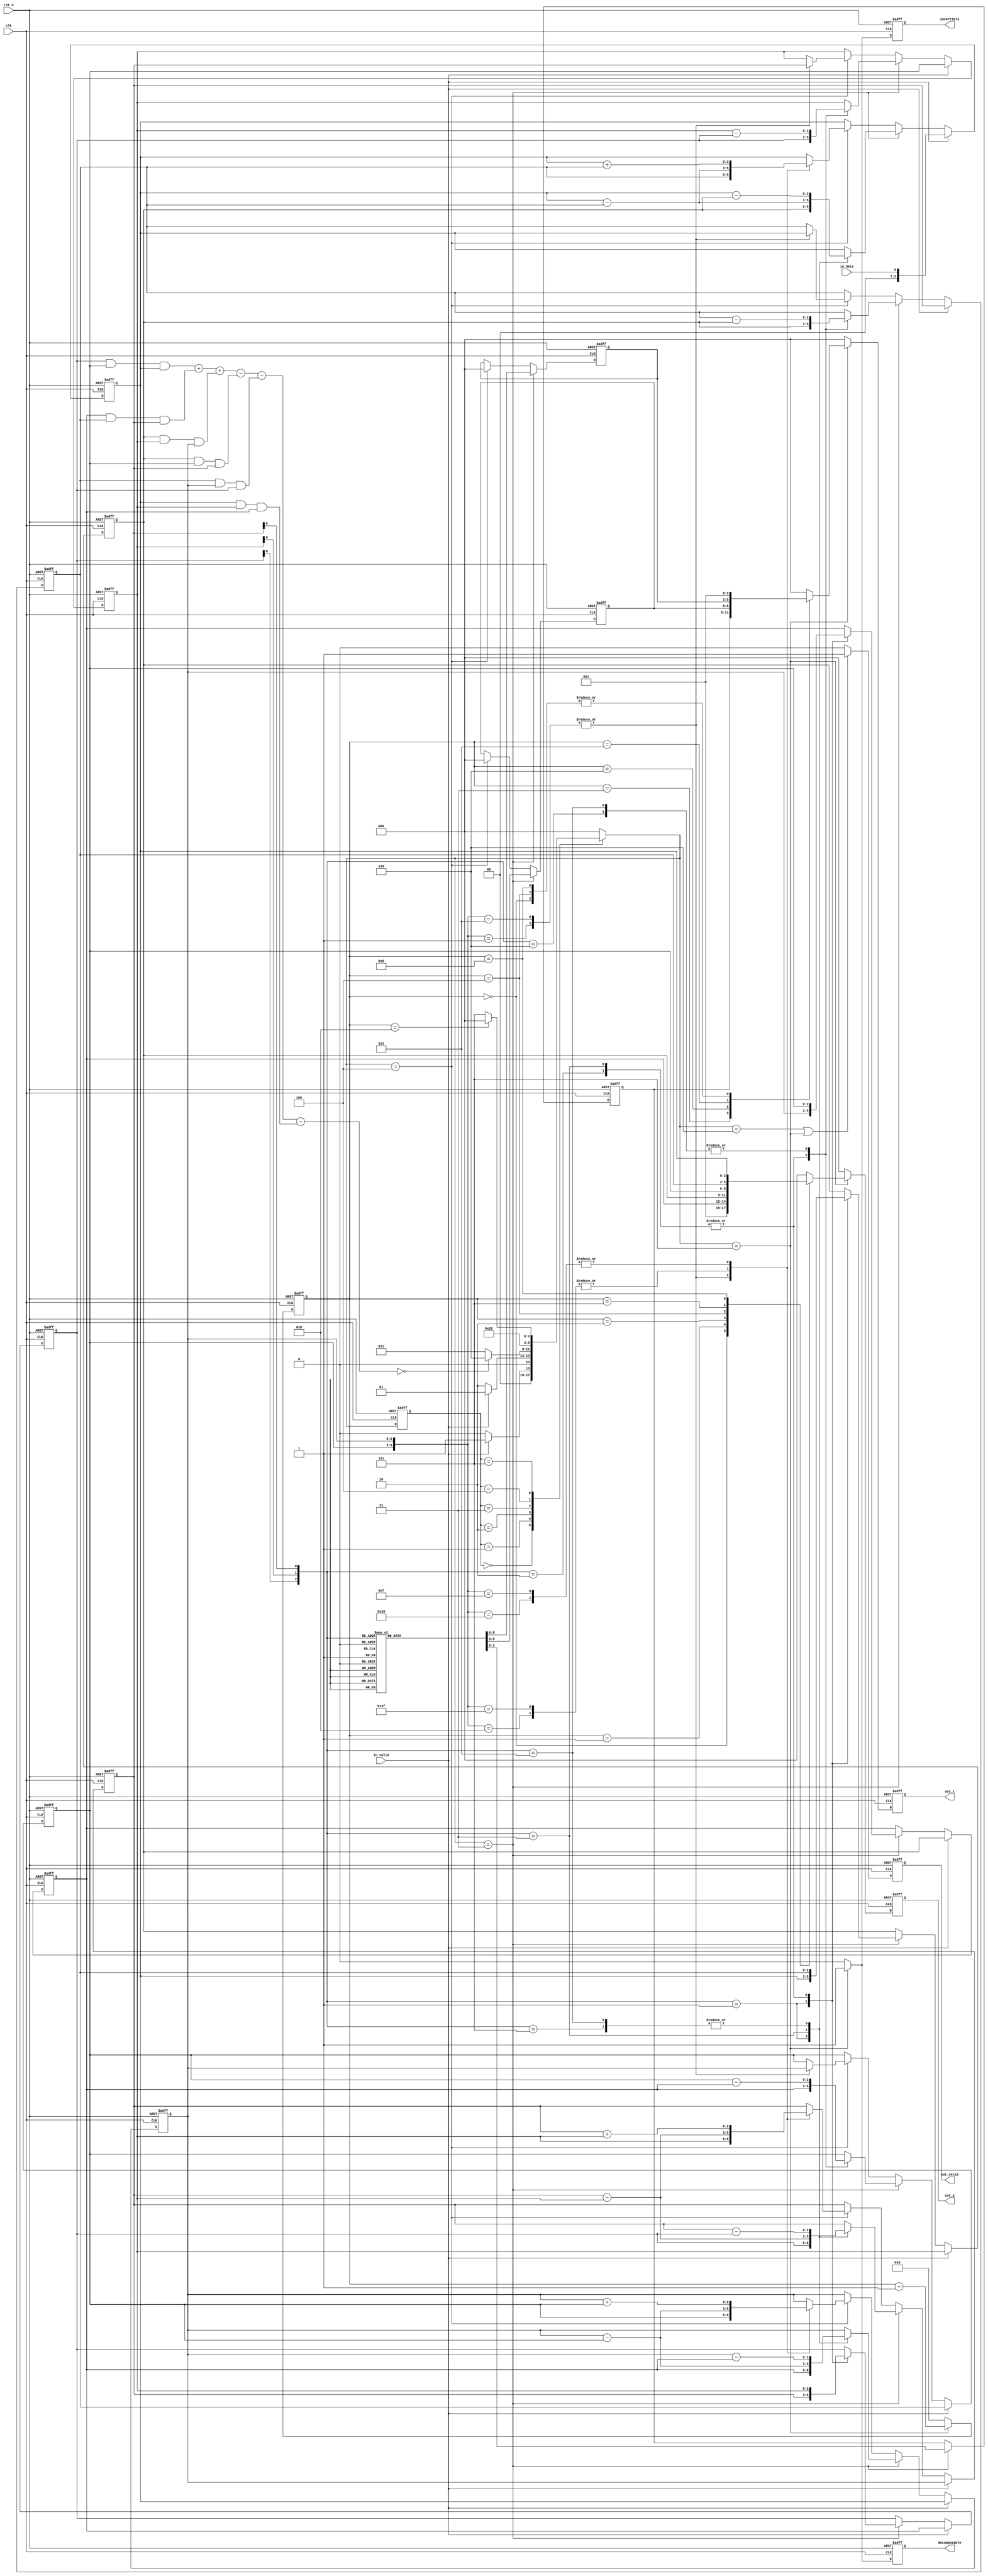
module LU(//input port
             input clk, 
			 input rst_n, 
			 input in_valid,
             input in_data,
//output port
              output reg out_valid,
			  output reg invertible, 
			  output reg decomposable, 
			  output reg [2:0]out_l,
              output reg [2:0]out_u
			  );
//***********************************			  
// parameter	  
//***********************************	  
parameter IDLE        =  3'd0;
parameter INPUT       =  3'd1;
parameter CHECK_INV	  =  3'd2;
parameter DEC   =  3'd3;
parameter DEC_1 =  3'd4;
parameter OUTPUT      =  3'd5;
parameter OUTPUT_1    =  3'd6;
		


//****************************************
//Reg Daclaration		  
//****************************************
reg [2:0]state;
reg [2:0]next_state;

			  			  
reg signed[2:0]A[0:2][0:2];
reg signed[2:0]L[0:2][0:2];
wire signed[2:0]A_det;



reg [3:0]cnt_out;
assign A_det= (A[0][0]&A[1][1]&A[2][2])
             +(A[0][1]&A[1][2]&A[2][0])
             +(A[0][2]&A[1][0]&A[2][1])
             -(A[0][2]&A[1][1]&A[2][0])
             -(A[1][2]&A[2][1]&A[0][0])
             -(A[2][2]&A[1][0]&A[0][1]);

//************************************
//		  FSM_sample code
//************************************
always@(posedge clk or negedge rst_n)begin
	if(!rst_n) 
		state <= IDLE;
	else
		state <= next_state; 
end

//FSM
always@(*)begin
    case(state)
	    IDLE :next_state=in_valid?INPUT:IDLE;
		INPUT:next_state=in_valid?INPUT:CHECK_INV;
		CHECK_INV:next_state=(A_det==0)?OUTPUT_1:DEC;
		DEC:next_state=DEC_1;
		DEC_1:next_state=OUTPUT;
		OUTPUT:next_state=(cnt_out==4'd9)?IDLE:OUTPUT;
		OUTPUT_1:next_state=IDLE;
		default:next_state=IDLE;
	endcase
end

////INPUT
always@(posedge clk or negedge rst_n)begin
     if(!rst_n)begin
	    A[0][0]<=3'd0; A[0][1]<=3'd0; A[0][2]<=3'd0;
        A[1][0]<=3'd0; A[1][1]<=3'd0; A[1][2]<=3'd0;
        A[2][0]<=3'd0; A[2][1]<=3'd0; A[2][2]<=3'd0;		
	  end
	  else if(in_valid)begin
	    A[0][0]<=A[0][1]; A[0][1]<=A[0][2]; A[0][2]<=A[1][0];
        A[1][0]<=A[1][1]; A[1][1]<=A[1][2]; A[1][2]<=A[2][0];
        A[2][0]<=A[2][1]; A[2][1]<=A[2][2]; A[2][2]<=in_data;    
	  end

      else if(next_state==DEC)begin
            case({A[0][0][0],A[1][0][0],A[2][0][0]})
			    3'b001:begin
	                 A[0][0]<=A[2][0]; A[0][1]<=A[2][1]; A[0][2]<=A[2][2];
                     A[1][0]<=A[1][0]; A[1][1]<=A[1][1]; A[1][2]<=A[1][2];
                     A[2][0]<=A[0][0]; A[2][1]<=A[0][1]; A[2][2]<=A[0][2]; 				    
				end
				3'b010:begin
	                 A[0][0]<=A[1][0]; A[0][1]<=A[1][1]; A[0][2]<=A[1][2];
                     A[1][0]<=A[0][0]; A[1][1]<=A[0][1]; A[1][2]<=A[0][2];
                     A[2][0]<=A[2][0]; A[2][1]<=A[2][1]; A[2][2]<=A[2][2]; 				  
				end
				3'b011:begin
	                 A[0][0]<=A[1][0]; A[0][1]<=A[1][1]; A[0][2]<=A[1][2];
                     A[1][0]<=A[0][0]; A[1][1]<=A[0][1]; A[1][2]<=A[0][2];
                     A[2][0]<=A[2][0]-A[1][0]; A[2][1]<=A[2][1]-A[1][1]; A[2][2]<=A[2][2]-A[1][2]; 				  
				end
				3'b100:begin
	                 A[0][0]<=A[0][0]; A[0][1]<=A[0][1]; A[0][2]<=A[0][2];
                     A[1][0]<=A[1][0]; A[1][1]<=A[1][1]; A[1][2]<=A[1][2];
                     A[2][0]<=A[2][0]; A[2][1]<=A[2][1]; A[2][2]<=A[2][2];			  
				end
                3'b101:begin
	                 A[0][0]<=A[0][0]; A[0][1]<=A[0][1]; A[0][2]<=A[0][2];
                     A[1][0]<=A[1][0]; A[1][1]<=A[1][1]; A[1][2]<=A[1][2];
                     A[2][0]<=A[2][0]-A[0][0]; A[2][1]<=A[2][1]-A[0][1]; A[2][2]<=A[2][2]-A[0][2];	                
				end
                3'b110:begin
	                 A[0][0]<=A[0][0]; A[0][1]<=A[0][1]; A[0][2]<=A[0][2];
                     A[1][0]<=A[1][0]-A[0][0]; A[1][1]<=A[1][1]-A[0][1]; A[1][2]<=A[1][2]-A[0][2];
                     A[2][0]<=A[2][0]; A[2][1]<=A[2][1]; A[2][2]<=A[2][2];                
				end
                3'b111:begin
	                 A[0][0]<=A[0][0]; A[0][1]<=A[0][1]; A[0][2]<=A[0][2];
                     A[1][0]<=A[1][0]-A[0][0]; A[1][1]<=A[1][1]-A[0][1]; A[1][2]<=A[1][2]-A[0][2];
                     A[2][0]<=A[2][0]-A[0][0]; A[2][1]<=A[2][1]-A[0][1]; A[2][2]<=A[2][2]-A[0][2];                
				end
                default:begin
	                 A[0][0]<=A[0][0]; A[0][1]<=A[0][1]; A[0][2]<=A[0][2];
                     A[1][0]<=A[1][0]; A[1][1]<=A[1][1]; A[1][2]<=A[1][2];
                     A[2][0]<=A[2][0]; A[2][1]<=A[2][1]; A[2][2]<=A[2][2];                     
				end				
			endcase
	  end
	  
      else if(next_state==DEC_1)begin
           case({A[1][1],A[2][1]})
				6'b000_000:begin
	                 A[0][0]<=A[0][0]; A[0][1]<=A[0][1]; A[0][2]<=A[0][2];
                     A[1][0]<=A[1][0]; A[1][1]<=A[1][1]; A[1][2]<=A[1][2];
                     A[2][0]<=A[2][0]; A[2][1]<=A[2][1]; A[2][2]<=A[2][2];				     
				end		   
		        6'b000_001:begin
				     A[0][0]<=A[0][0]; A[0][1]<=A[0][1]; A[0][2]<=A[0][2];
                     A[1][0]<=A[2][0]; A[1][1]<=A[2][1]; A[1][2]<=A[2][2];
                     A[2][0]<=A[1][0]; A[2][1]<=A[1][1]; A[2][2]<=A[1][2];  
				end
				6'b001_000:begin
	                 A[0][0]<=A[0][0]; A[0][1]<=A[0][1]; A[0][2]<=A[0][2];
                     A[1][0]<=A[1][0]; A[1][1]<=A[1][1]; A[1][2]<=A[1][2];
                     A[2][0]<=A[2][0]; A[2][1]<=A[2][1]; A[2][2]<=A[2][2];				     
				end
				6'b001_001:begin
	                 A[0][0]<=A[0][0]; A[0][1]<=A[0][1]; A[0][2]<=A[0][2];
                     A[1][0]<=A[1][0]; A[1][1]<=A[1][1]; A[1][2]<=A[1][2];
                     A[2][0]<=A[2][0]-A[1][0]; A[2][1]<=A[2][1]-A[1][1]; A[2][2]<=A[2][2]-A[1][2];				     
				end	
				6'b000_111:begin
	                 A[0][0]<=A[0][0]; A[0][1]<=A[0][1]; A[0][2]<=A[0][2];
                     A[1][0]<=A[2][0]; A[1][1]<=A[2][1]; A[1][2]<=A[2][2];
                     A[2][0]<=A[1][0]; A[2][1]<=A[1][1]; A[2][2]<=A[1][2];				     
				end
				6'b111_000:begin
	                 A[0][0]<=A[0][0]; A[0][1]<=A[0][1]; A[0][2]<=A[0][2];
                     A[1][0]<=A[1][0]; A[1][1]<=A[1][1]; A[1][2]<=A[1][2];
                     A[2][0]<=A[2][0]; A[2][1]<=A[2][1]; A[2][2]<=A[2][2];					     
				end	
				6'b111_111:begin
	                 A[0][0]<=A[0][0]; A[0][1]<=A[0][1]; A[0][2]<=A[0][2];
                     A[1][0]<=A[1][0]; A[1][1]<=A[1][1]; A[1][2]<=A[1][2];
                     A[2][0]<=A[2][0]-A[1][0]; A[2][1]<=A[2][1]-A[1][1]; A[2][2]<=A[2][2]-A[1][2];					     
				end
				6'b111_001:begin
	                 A[0][0]<=A[0][0]; A[0][1]<=A[0][1]; A[0][2]<=A[0][2];
                     A[1][0]<=A[1][0]; A[1][1]<=A[1][1]; A[1][2]<=A[1][2];
                     A[2][0]<=A[2][0]+A[1][0]; A[2][1]<=A[2][1]+A[1][1]; A[2][2]<=A[2][2]+A[1][2];					     
				end
				6'b001_111:begin
	                 A[0][0]<=A[0][0]; A[0][1]<=A[0][1]; A[0][2]<=A[0][2];
                     A[1][0]<=A[1][0]; A[1][1]<=A[1][1]; A[1][2]<=A[1][2];
                     A[2][0]<=A[2][0]+A[1][0]; A[2][1]<=A[2][1]+A[1][1]; A[2][2]<=A[2][2]+A[1][2];					     
				end					
				default:begin
	                 A[0][0]<=A[0][0]; A[0][1]<=A[0][1]; A[0][2]<=A[0][2];
                     A[1][0]<=A[1][0]; A[1][1]<=A[1][1]; A[1][2]<=A[1][2];
                     A[2][0]<=A[2][0]; A[2][1]<=A[2][1]; A[2][2]<=A[2][2];				     
				end
		   endcase
	  end	
      	  
end

always@(posedge clk or negedge rst_n)begin
     if(!rst_n)begin
	    L[0][0]<=3'd1; L[0][1]<=3'd0; L[0][2]<=3'd0;
        L[1][0]<=3'd0; L[1][1]<=3'd1; L[1][2]<=3'd0;
        L[2][0]<=3'd0; L[2][1]<=3'd0; L[2][2]<=3'd1;		      
	 end
	 else if(next_state==DEC)begin
	     case({A[0][0][0],A[1][0][0],A[2][0][0]})
		     3'b000:begin
	             L[0][0]<=3'd1; L[0][1]<=3'd0; L[0][2]<=3'd0;
                 L[1][0]<=3'd0; L[1][1]<=3'd1; L[1][2]<=3'd0;
                 L[2][0]<=3'd0; L[2][1]<=3'd0; L[2][2]<=3'd1;			      
			 end
			 3'b001:begin
	             L[0][0]<=3'd1; L[0][1]<=3'd0; L[0][2]<=3'd0;
                 L[1][0]<=3'd0; L[1][1]<=3'd1; L[1][2]<=3'd0;
                 L[2][0]<=3'd0; L[2][1]<=3'd0; L[2][2]<=3'd1;		 
			 end
			 3'b010:begin
	             L[0][0]<=3'd1; L[0][1]<=3'd0; L[0][2]<=3'd0;
                 L[1][0]<=3'd0; L[1][1]<=3'd1; L[1][2]<=3'd0;
                 L[2][0]<=3'd0; L[2][1]<=3'd0; L[2][2]<=3'd1;			 
			 end
			 3'b011:begin
	             L[0][0]<=3'd1; L[0][1]<=3'd0; L[0][2]<=3'd0;
                 L[1][0]<=3'd0; L[1][1]<=3'd1; L[1][2]<=3'd0;
                 L[2][0]<=3'd1; L[2][1]<=3'd0; L[2][2]<=3'd1;			 
			 end
			 3'b100:begin
	             L[0][0]<=3'd1; L[0][1]<=3'd0; L[0][2]<=3'd0;
                 L[1][0]<=3'd0; L[1][1]<=3'd1; L[1][2]<=3'd0;
                 L[2][0]<=3'd0; L[2][1]<=3'd0; L[2][2]<=3'd1;			 
			 end
			 3'b101:begin
	             L[0][0]<=3'd1; L[0][1]<=3'd0; L[0][2]<=3'd0;
                 L[1][0]<=3'd0; L[1][1]<=3'd1; L[1][2]<=3'd0;
                 L[2][0]<=3'd1; L[2][1]<=3'd0; L[2][2]<=3'd1;			 
			 end
			 3'b110:begin
	             L[0][0]<=3'd1; L[0][1]<=3'd0; L[0][2]<=3'd0;
                 L[1][0]<=3'd1; L[1][1]<=3'd1; L[1][2]<=3'd0;
                 L[2][0]<=3'd0; L[2][1]<=3'd0; L[2][2]<=3'd1;			 
			 end
			 3'b111:begin
	             L[0][0]<=3'd1; L[0][1]<=3'd0; L[0][2]<=3'd0;
                 L[1][0]<=3'd1; L[1][1]<=3'd1; L[1][2]<=3'd0;
                 L[2][0]<=3'd1; L[2][1]<=3'd0; L[2][2]<=3'd1;			 
			 end
             default:begin
	             L[0][0]<=3'd1; L[0][1]<=3'd0; L[0][2]<=3'd0;
                 L[1][0]<=3'd0; L[1][1]<=3'd1; L[1][2]<=3'd0;
                 L[2][0]<=3'd0; L[2][1]<=3'd0; L[2][2]<=3'd1;                 
			 end			 
		 endcase
	 end
	 else if(next_state==DEC_1)begin
	       case({A[1][1],A[2][1]})
		      6'b000_000:begin
	             L[0][0]<=L[0][0]; L[0][1]<=3'd0; L[0][2]<=3'd0;
                 L[1][0]<=L[1][0]; L[1][1]<=3'd1; L[1][2]<=3'd0;
                 L[2][0]<=L[2][0]; L[2][1]<=3'd0; L[2][2]<=3'd1;				    
				 end
		      6'b000_001:begin
	             L[0][0]<=L[0][0]; L[0][1]<=3'd0; L[0][2]<=3'd0;
                 L[1][0]<=L[2][0]; L[1][1]<=3'd1; L[1][2]<=3'd0;
                 L[2][0]<=L[1][0]; L[2][1]<=3'd0; L[2][2]<=3'd1;				    
				 end
		      6'b001_000:begin
	             L[0][0]<=L[0][0]; L[0][1]<=3'd0; L[0][2]<=3'd0;
                 L[1][0]<=L[1][0]; L[1][1]<=3'd1; L[1][2]<=3'd0;
                 L[2][0]<=L[2][0]; L[2][1]<=3'd0; L[2][2]<=3'd1;				    
				 end
		      6'b001_001:begin
	             L[0][0]<=L[0][0]; L[0][1]<=3'd0; L[0][2]<=3'd0;
                 L[1][0]<=L[1][0]; L[1][1]<=3'd1; L[1][2]<=3'd0;
                 L[2][0]<=L[2][0]; L[2][1]<=3'd1; L[2][2]<=3'd1;				    
				 end
		      6'b001_111:begin
	             L[0][0]<=L[0][0]; L[0][1]<=3'd0; L[0][2]<=3'd0;
                 L[1][0]<=L[1][0]; L[1][1]<=3'd1; L[1][2]<=3'd0;
                 L[2][0]<=L[2][0]; L[2][1]<=3'b111; L[2][2]<=3'd1;				    
				 end
		      6'b000_111:begin
	             L[0][0]<=L[0][0];  L[0][1]<=3'd0; L[0][2]<=3'd0;
                 L[1][0]<=L[2][0];  L[1][1]<=3'd1; L[1][2]<=3'd0;
                 L[2][0]<=L[1][0] ; L[2][1]<=3'd0; L[2][2]<=3'd1;				    
				 end
		      6'b111_000:begin
	             L[0][0]<=L[0][0]; L[0][1]<=3'd0; L[0][2]<=3'd0;
                 L[1][0]<=L[1][0]; L[1][1]<=3'd1; L[1][2]<=3'd0;
                 L[2][0]<=L[2][0]; L[2][1]<=3'd0; L[2][2]<=3'd1;				    
				 end
		      6'b111_001:begin
	             L[0][0]<=L[0][0]; L[0][1]<=3'd0; L[0][2]<=3'd0;
                 L[1][0]<=L[1][0]; L[1][1]<=3'd1; L[1][2]<=3'd0;
                 L[2][0]<=L[2][0]; L[2][1]<=3'b111; L[2][2]<=3'd1;				    
				 end
		      6'b111_111:begin
	             L[0][0]<=L[0][0]; L[0][1]<=3'd0; L[0][2]<=3'd0;
                 L[1][0]<=L[1][0]; L[1][1]<=3'd1; L[1][2]<=3'd0;
                 L[2][0]<=L[2][0]; L[2][1]<=3'd1; L[2][2]<=3'd1;				    
				 end				 
			  default:begin
	             L[0][0]<=L[0][0]; L[0][1]<=3'd0; L[0][2]<=3'd0;
                 L[1][0]<=L[1][0]; L[1][1]<=3'd1; L[1][2]<=3'd0;
                 L[2][0]<=L[2][0]; L[2][1]<=3'd0; L[2][2]<=3'd1;					 
				 end
		   endcase
	 end
end
	
///OUTPUT
always@(posedge clk or negedge rst_n)begin
     if(!rst_n)
	    out_valid<=1'd0;
	  else if(next_state==OUTPUT_1||next_state==OUTPUT)
	    out_valid<=1'd1;
	  else 
	    out_valid<=1'd0;
end

always@(posedge clk or negedge rst_n)begin
     if(!rst_n)begin
        invertible<=1'd0;
        decomposable<=1'd0;		
	  end
	  else if(next_state==OUTPUT)begin
        invertible<=1'd1;
        decomposable<=1'd1;	  
	  end
      else begin	  
        invertible<=1'd0;
        decomposable<=1'd0;        
	  end 
end
always@(posedge clk or negedge rst_n)begin
     if(!rst_n)begin
	    out_u<=3'd0;
	 end
     else if(next_state==OUTPUT)begin
	    case(cnt_out)
			4'd0: out_u <= 3'd1;
			4'd1: out_u <= A[0][1];
			4'd2: out_u <= A[0][2];
			4'd3: out_u <= 3'd0;
			4'd4: out_u <= A[1][1];
			4'd5: out_u <= A[1][2];
			4'd6: out_u <= 3'd0;
			4'd7: out_u <= 3'd0;
			4'd8: out_u <= A[2][2];
			default: out_u <= 3'd0;
		endcase
	 end
	 else begin
	    out_u<=3'd0;
	 end
end
always@(posedge clk or negedge rst_n)begin
     if(!rst_n)begin
        out_l<=3'd0;
	 end
     else if(next_state==OUTPUT)begin
	    case(cnt_out)
	        4'd0:out_l<=3'd1;
			4'd1:out_l<=3'd0;
			4'd2:out_l<=3'd0;
			4'd3:out_l<=L[0];
			4'd4:out_l<=3'd1;
			4'd5:out_l<=3'd0;
			4'd6:out_l<=L[1];
			4'd7:out_l<=L[2];
			4'd8:out_l<=3'd1;
			default:out_l<=3'd0;
		endcase
	 end	 
     else begin
        out_l<=3'd0;
	 end
end
//out_cnt

always@(posedge clk or negedge rst_n)begin
     if(!rst_n)begin
	    cnt_out<=4'd0;
	 end
     else if(next_state==OUTPUT) begin
	    cnt_out<=cnt_out+1'd1;
	 end
	 else begin
	    cnt_out<=4'd0;
	 end
end

endmodule